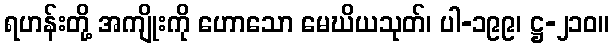
ရဟန်းတို့ အကျိုးကို ဟောသော မေဃိယသုတ်၊ ပါ-၁၉၉၊ ဋ္ဌ-၂၁၀။